Report on vaccination in Madras 1877-1894 - 1877-1894
Year: 1877
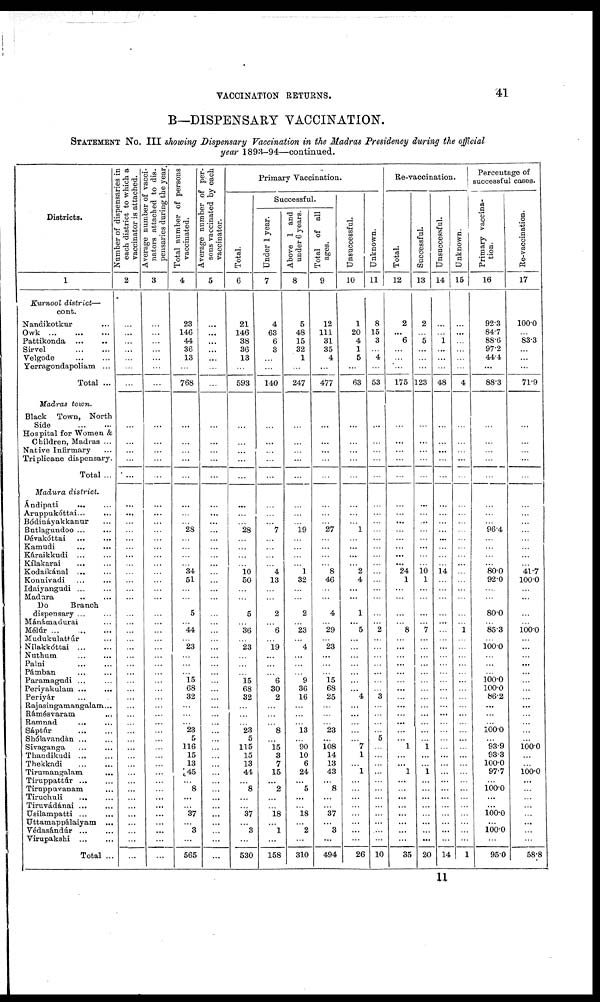
VACCINATION RETURNS.
41
B—DISPENSARY VACCINATION.
STATEMENT No. III showing Dispensary Vaccination in the Madras Presidency during the official
year 1893-94—continued.
Districts.
1
Kurnool district—
cont.
Nandikotkur
...
Owk ... ... ...
Pattikonda ...
Sirvel
...
...
Velgode ... ...
Yerragondapoliam ...
Total ...
Madras town.
Black Town, North
Side
...
...
Hospital for Women &
Children, Madras ...
Native Infirmary ...
Triplicane dispensary.
Total ...
Madura district.
Ándipati ... ...
Aruppukóttai ...
...
Bódináyakkanur ...
Butlagundoo ... ...
Dévakóttai ... ...
Kamudi
...
...
Káraikkudi ... ...
Kílakarai ... ...
Kodaikánal ... ...
Konnivadi ... ...
Idaiyangudi ... ...
Madura
...
...
Do
Branch
dispensary ... ...
Mánámadurai ...
Mélúr
...
...
...
Mudukulattúr ...
Nilakkóttai
...
...
Nuthum ... ...
Palni
...
...
Pámban
...
Paramagudi ... ...
Periyakulam ... ...
Periyár ... ...
Rajasingamangalam ...
Rámésvaram
...
Ramnad
...
...
Sáptúr ... ...
Shólavandán ... ...
Sivaganga ... ...
Thandikndi
...
...
Thekkadi
...
...
Tirumangalam
...
Tiruppatbúr
...
...
Tiruppuvanam ... ...
Tiruchuli
...
...
Tiruvádánai ... ...
Usilampatti ... ...
Uttamappálaiyam ...
Védasándúr
...
...
Virupakshi
...
...
Total ...
Number of dispensaries in
each district to which a
vaccinator is attached.
2
...
...
...
...
...
...
...
...
...
...
...
...
...
...
...
...
...
...
...
...
...
...
...
...
...
...
...
...
...
...
...
...
...
...
...
...
...
...
...
...
...
...
...
...
...
...
...
...
...
...
...
...
...
Average number of vacci¬
nators attached to dis-
pensaries during the year.
3
...
...
...
...
...
...
...
...
...
...
...
...
...
...
...
...
...
...
...
...
...
...
...
...
...
...
...
...
...
...
...
...
...
...
...
...
...
...
...
...
...
...
...
...
...
...
...
...
...
...
...
...
...
Total number of persons
vaccinated.
4
23
146
44
36
13
...
768
...
...
...
...
...
...
...
...
28
...
...
...
...
34
51
...
...
5
...
44
...
23
...
...
...
15
68
32
...
...
...
23
5
116
15
13
45
...
8
...
...
37
...
3
...
565
Average number of per-
sons vaccinated by each
vaccinator.
5
...
...
...
...
...
...
...
...
...
...
...
...
...
...
...
...
...
...
...
...
...
...
...
...
...
...
...
...
...
...
...
...
...
...
...
...
...
...
...
...
...
...
...
...
...
...
...
...
...
...
...
...
...
Primary Vaccination.
Total.
6
21
146
38
36
13
...
593
...
...
...
...
...
...
...
...
28
...
...
...
...
10 50
...
...
5
...
36
...
23
...
...
...
15
68
32
...
...
...
23
5
115
15
13
44
...
8
...
...
37
...
3
...
530
Successful.
Under 1 year.
7
4
63
6
3
...
...
140
...
...
...
...
...
...
...
...
7
...
...
...
...
4
13
...
...
2
...
6
...
19
...
...
...
6
30
2
...
...
...
8
...
15
3
7
15
...
2
...
...
18
...
1
...
158
Above 1 and
under 6 years.
8
5
48
15
32
1
...
247
...
...
...
...
...
...
...
...
19
...
...
...
...
1
32
...
...
2
...
23
...
4
...
...
...
9
36
16
...
...
...
13
...
90
10
6
24
...
5
...
...
18
...
2
...
310
Total of all
ages.
9
12
111
31
35
4
...
477
...
...
...
...
...
...
...
...
27
...
...
...
...
8
46
...
...
4
...
29
...
23
...
...
...
15
68
25
...
...
...
23
...
108
14
13
43
...
8
...
...
37
...
3
...
494
Unsuccessful.
10
1
20
4
1
5
...
63
...
...
...
...
...
...
...
...
1
...
...
...
...
2
4
...
...
1
...
5
...
...
...
...
...
...
...
4
...
...
...
...
...
7
1
...
l
...
...
...
...
...
...
...
...
26
Unknown.
11
8
15
3
...
4
...
53
...
...
...
...
...
...
...
...
...
...
...
...
...
...
...
...
...
...
...
2
...
...
...
...
...
...
...
3
...
...
...
...
5
...
...
...
...
...
...
...
...
...
...
...
...
10
Re-vacoination.
Total.
12
2
...
6
...
...
...
175
...
...
...
...
...
...
...
...
...
...
...
...
...
24
1
...
...
...
...
8
...
...
...
...
...
...
...
...
...
...
...
...
...
1
...
...
l
...
...
...
...
...
...
...
...
35
Successful.
13
2
...
5
...
...
...
123
...
...
...
...
...
...
...
...
...
...
...
...
...
10 1
...
...
...
...
7
...
...
...
...
...
...
...
...
...
...
...
...
...
1
...
...
1
...
...
...
...
...
...
...
...
20
Unsuccessful.
14
...
...
1
...
...
...
48
...
...
...
...
...
...
...
...
...
...
...
...
...
14
...
...
...
...
...
...
...
...
...
...
...
...
...
...
...
...
...
...
...
...
...
...
...
...
...
...
...
...
...
...
...
14
Unknown.
15
...
...
...
...
...
...
4
...
...
...
...
...
...
...
...
...
...
...
...
...
...
...
...
...
...
...
1
...
...
...
...
...
...
...
...
...
...
...
...
...
...
...
...
...
...
...
...
...
...
...
...
...
1
Percentage of
successful cases.
Primary vaccina-
tion.
16
92.3
84.7
88.6
97.2
44.4
...
88.3
...
...
...
...
...
...
...
...
96.4
...
...
...
...
80.0
92.0
...
...
80.0
...
85.3
...
100.0
...
...
...
100.0
100.0
86.2
...
...
...
100.0
...
93.9
93.3
100.0
97.7
...
100.0 ...
...
100.0
...
100.0
...
95.0
Re-vaccination.
17
100.0
...
83.3
...
...
...
71.9
...
...
...
...
...
...
...
...
...
...
...
...
...
41.7
100.0
...
...
...
...
100.0
...
...
...
...
...
...
...
...
...
...
...
...
...
100.0
...
...
100.0
...
...
...
...
...
...
...
...
58.8
11